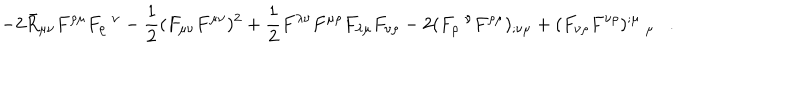
- 2 \bar { R } _ { \mu \nu } F ^ { \rho \mu } F _ { \rho } ~ ^ { \nu } - \frac 1 2 ( F _ { \mu \nu } F ^ { \mu \nu } ) ^ { 2 } + \frac 1 2 F ^ { \lambda \nu } F ^ { \mu \rho } F _ { \lambda \mu } F _ { \nu \rho } - 2 ( F _ { \rho } ~ ^ { \nu } F ^ { \rho \mu } ) _ { ; \nu \mu } + ( F _ { \nu \rho } F ^ { \nu \rho } ) ^ { ; \mu } ~ _ { \mu } .